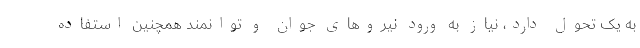
به یک تحول دارد، نیاز به ورود نیروهای جوان و توانمند همچنین استفاده